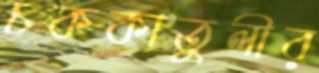
চককাতুলীর